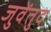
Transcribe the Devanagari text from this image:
जुवेंतुद